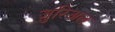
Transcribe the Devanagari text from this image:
ज़ुरिअल